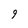
Character: 9